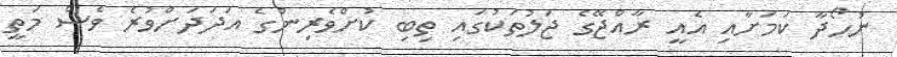
ނުހޯދާ ކަމަށާއި އެއީ ރާއްޖޭގެ ޖަލުތަކުގައި ތިބި ކުށްވެރިންގެ އަދަދަށްވުރެ ވެސް މަތީ